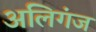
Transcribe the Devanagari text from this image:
अलिगंज